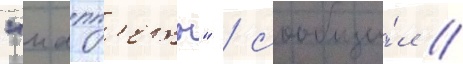
"мапп'еты" / сообщи́л /